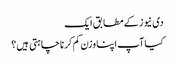
دی نیوز کے مطابق ایک
کیا آپ اپنا وزن کم کرنا چاہتی ہیں ؟